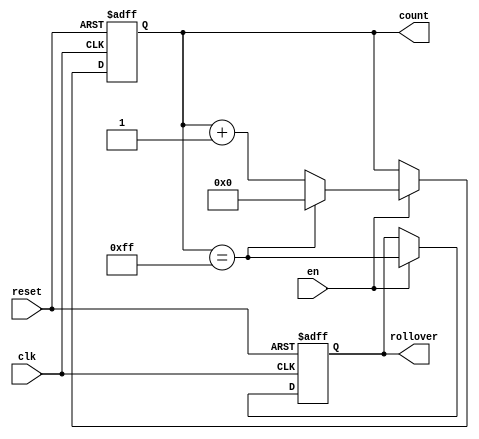
module mod_counter(
    input clk,
    input en,
    input reset,
    output reg [COUNTER_WIDTH:0] count = MIN,
    output reg rollover = 1'b0
    );

  parameter COUNTER_WIDTH = $clog2(MAX)-1;
  parameter MAX = 8'hFF;
  parameter MIN = 1'b0;

  always @(posedge clk, posedge reset) begin
    if (reset) begin
      count <= MIN;
      rollover <= 1'b0;
    end
    else if (en) begin
      count <= (count == MAX) ? MIN : count + 1'b1;
      rollover <= count == MAX;
    end
  end
endmodule